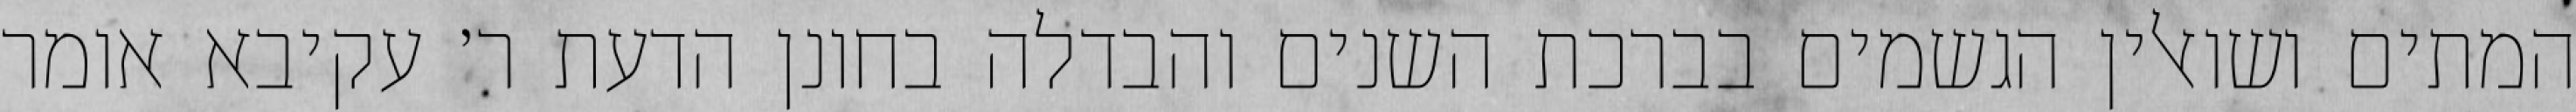
המתים ושואלין הגשמים בברכת השנים והבדלה בחונן הדעת ר׳ עקיבא אומר